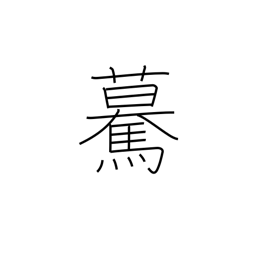
Meaning: going straight forward